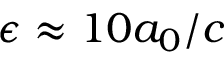
\epsilon \approx 1 0 a _ { 0 } / c